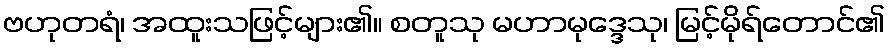
ဗဟုတရံ၊ အထူးသဖြင့်များ၏။ စတူသု မဟာမုဒ္ဒေသု၊ မြင့်မိုရ်တောင်၏